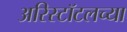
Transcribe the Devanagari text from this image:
अरिस्टॉटलच्या